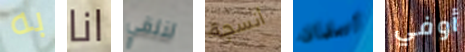
به انا لنلقي أنسجة أتعلمان أوفي